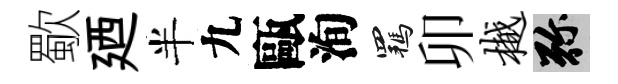
歜廼半九甌洵羈卯樾弥